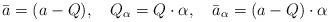
LaTeX: \begin{align*}\bar{a}=(a-Q),\quad Q_\alpha =Q\cdot \alpha ,\quad \bar{a}_\alpha=(a-Q)\cdot \alpha \end{align*}